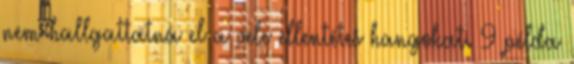
nem hallgattatná el a vele ellentétes hangokat. 9 példa